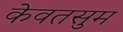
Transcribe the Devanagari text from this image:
केवतसुम